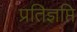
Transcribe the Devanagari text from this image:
प्रतिज्ञप्ति